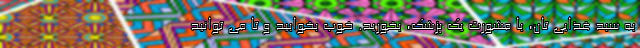
به سبد غذایی تان، با مشورت یک پزشک، بخورید. خوب بخوابید و تا می توانید